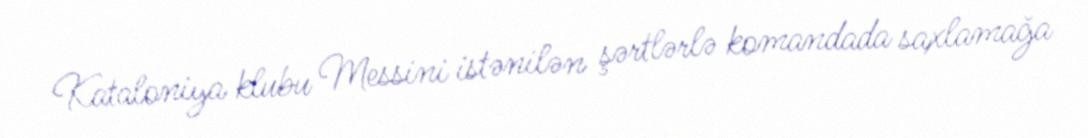
Kataloniya klubu Messini istənilən şərtlərlə komandada saxlamağa